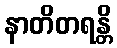
နာတိတရန္တိ